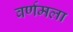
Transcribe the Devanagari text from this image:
वर्णमला